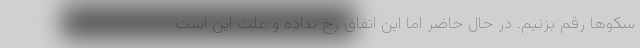
سکوها رقم بزنیم. در حال حاضر اما این اتفاق رخ نداده و علت این است